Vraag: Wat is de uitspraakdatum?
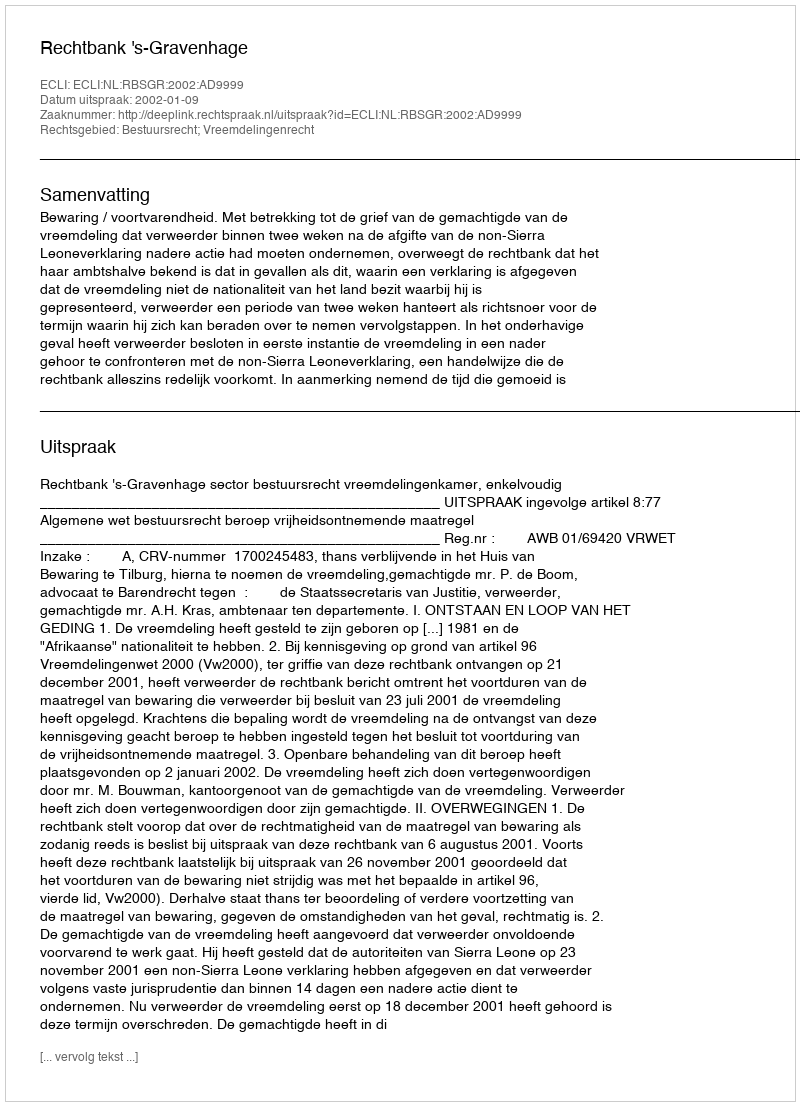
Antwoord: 2002-01-09